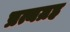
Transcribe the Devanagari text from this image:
प्रत्यग्रह